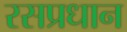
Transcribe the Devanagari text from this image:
रसप्रधान